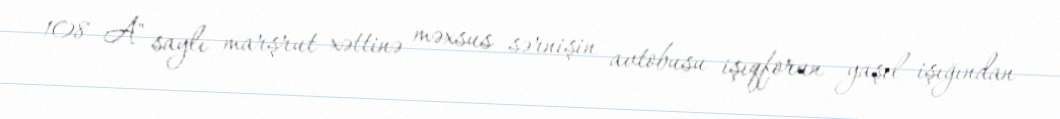
108 A" saylı marşrut xəttinə məxsus sərnişin avtobusu işıqforun yaşıl işığından